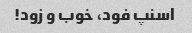
اسنپ فود، خوب و زود!